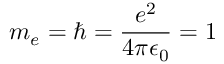
m _ { e } = \hbar = \frac { e ^ { 2 } } { 4 \pi \epsilon _ { 0 } } = 1